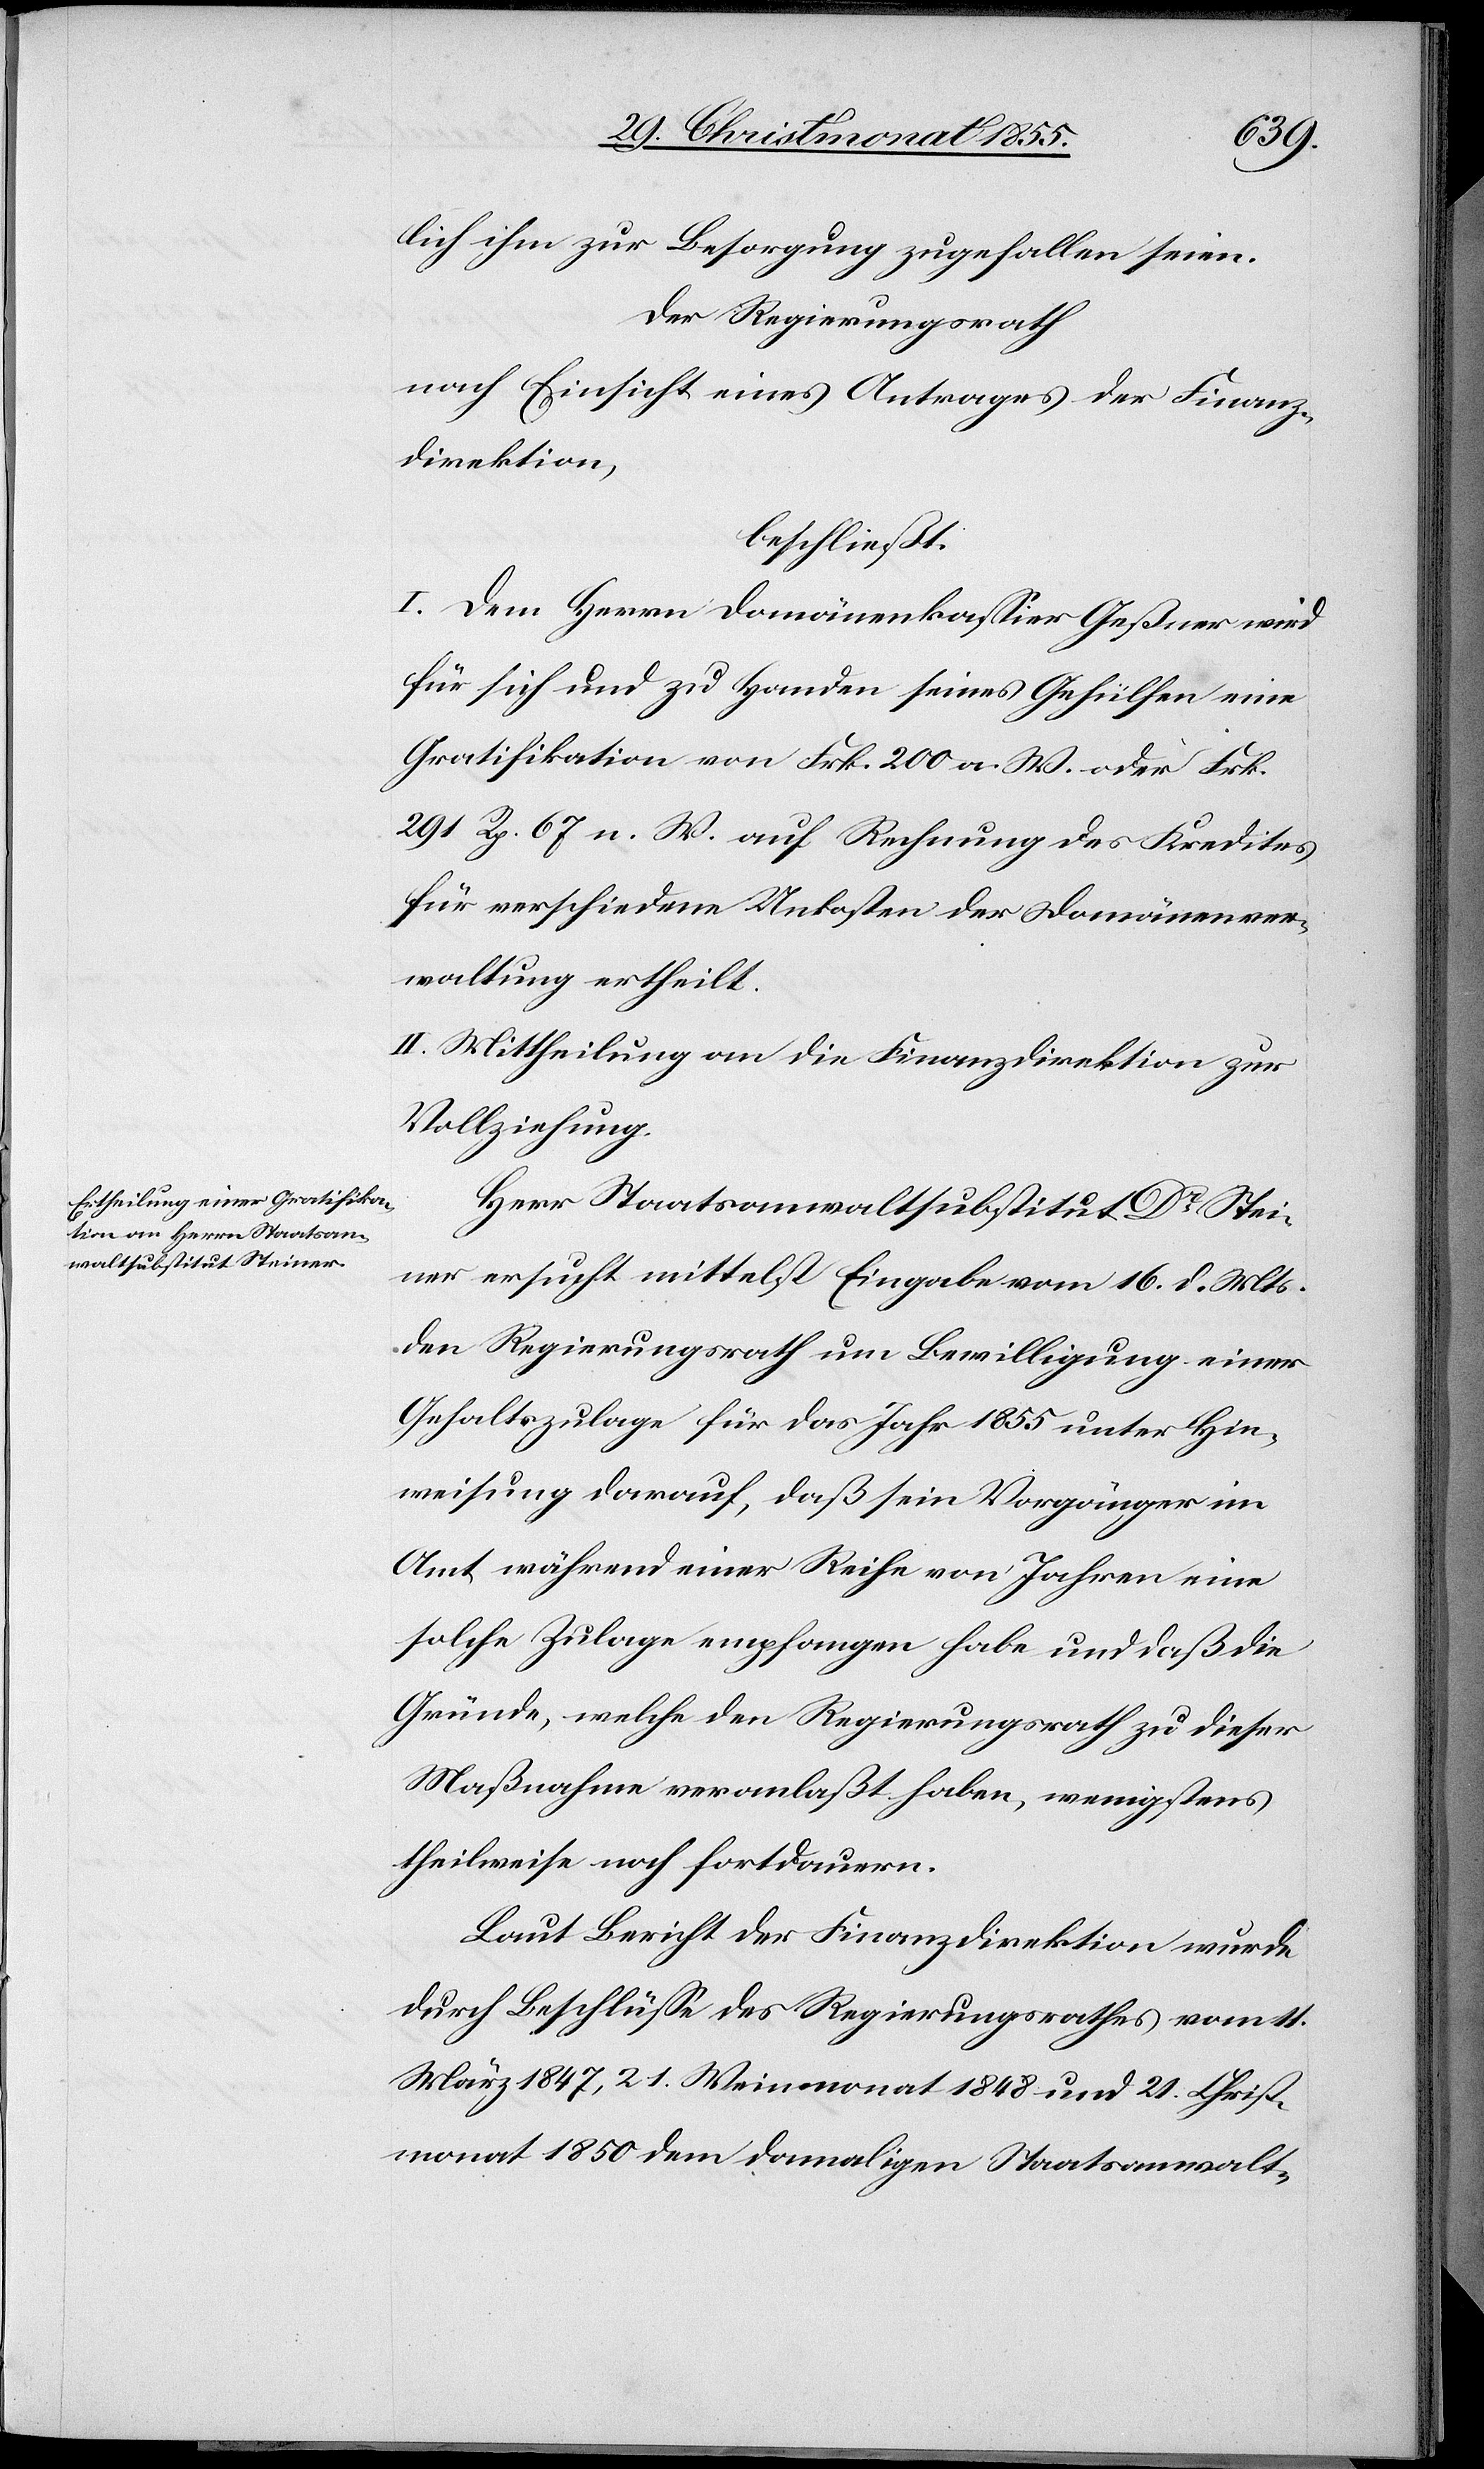
lich ihm zur Besorgung zugefallen seien.
Der Regierungsrath
nach Einsicht eines Antrages der Finanz¬
direktion,
beschließt.
I. Dem Herrn Domänenkassier Geßner wird
für sich und zu Handen seines Gehülfen eine
Gratifikation von Frk. 200 a. W. oder Frk.
291 Rp. 67 n. W. auf Rechnung des Kredites
für verschiedene Unkosten der Domänenver¬
waltung ertheilt.
II. Mittheilung an die Finanzdirektion zur
Vollziehung.
Herr Staatsanwaltsubstitut Dr Stei¬
ner ersucht mittelst Eingabe vom 16. d. Mts.
den Regierungsrath um Bewilligung einer
Gehaltszulage für das Jahr 1855 unter Hin¬
weisung darauf, daß sein Vorgänger im
Amt während einer Reihe von Jahren eine
solche Zulage empfangen habe und daß die
Gründe, welche den Regierungsrath zu dieser
Maßnahme veranlaßt haben, wenigstens
theilweise noch fortdauern.
Laut Bericht der Finanzdirektion wurde
durch Beschlüsse des Regierungsrathes vom 11.
März 1847, 21. Weinmonat 1848 und 21. Christ¬
monat 1850 dem damaligen Staatsanwalt-